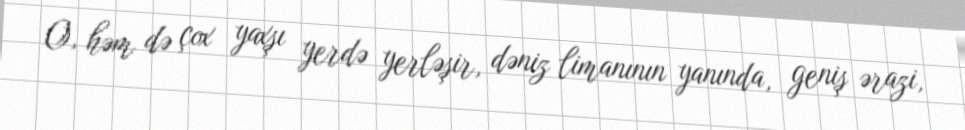
O, həm də çox yaxşı yerdə yerləşir, dəniz limanının yanında, geniş ərazi,